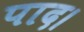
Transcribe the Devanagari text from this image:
पाद।